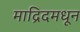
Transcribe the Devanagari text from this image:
माद्रिदमधून